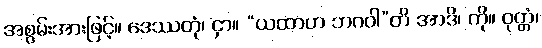
အစွမ်းအားဖြင့်။ ဒေဿတုံ၊ ငှာ။ “ယထာဟ ဘဂဝါ”တိ အာဒိ၊ ကို။ ဝုတ္တံ၊